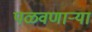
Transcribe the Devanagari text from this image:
पळवणार्‍या